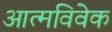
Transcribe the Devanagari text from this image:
आत्मविवेक